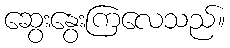
ဆွေးနွေးကြလေသည်။